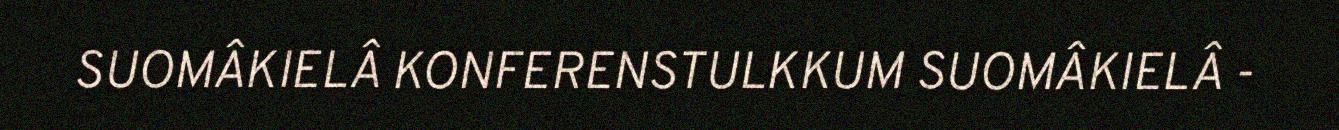
SUOMÂKIELÂ KONFERENSTULKKUM SUOMÂKIELÂ -